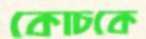
কোচকে